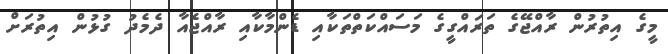
މީގެ އިތުރުން ރާއްޖޭގެ ތަރައްގީގެ މަސައްކަތްތަކާއި ޑެންމާކާއި ރާއްޖެއާ ދެމެދު ގުޅުން އިތުރަށް